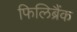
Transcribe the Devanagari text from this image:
फिलिब्रैंक